画像に写った文字を読んでください
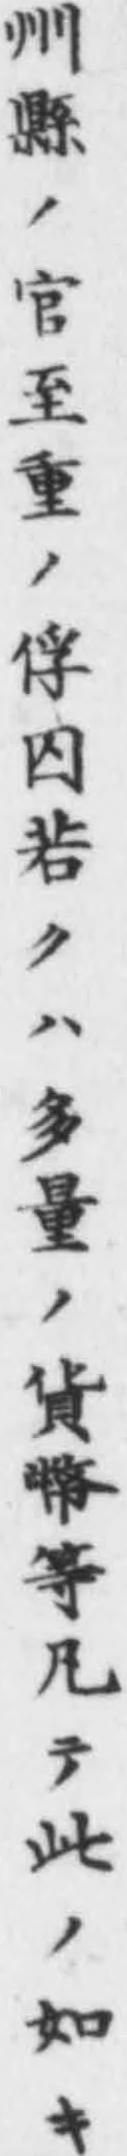
「州縣ノ官至重ノ俘囚若クハ多量ノ貨幣等凡テ此ノ如キ」と書いてあります